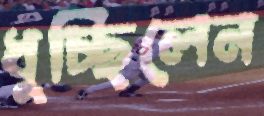
ধুচ্ছিলেন